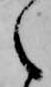
之